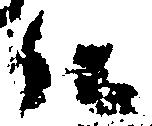
仁